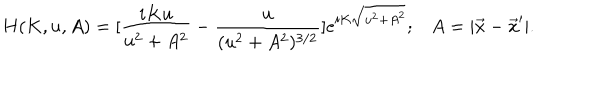
H ( K , u , A ) = [ \frac { i K u } { u ^ { 2 } + A ^ { 2 } } - \frac { u } { ( u ^ { 2 } + A ^ { 2 } ) ^ { 3 / 2 } } ] e ^ { i K \sqrt { u ^ { 2 } + A ^ { 2 } } } ; A = | \vec { x } - \vec { x } ^ { \prime } | .